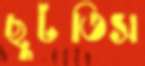
ছুটতিস